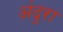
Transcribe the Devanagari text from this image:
अंदुरा